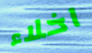
اخلاء